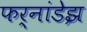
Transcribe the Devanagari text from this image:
फर्नांडेझ